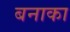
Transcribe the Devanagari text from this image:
बनाका